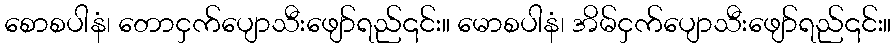
စောစပါနံ၊ တောငှက်ပျောသီးဖျော်ရည်၎င်း။ မောစပါနံ၊ အိမ်ငှက်ပျောသီးဖျော်ရည်၎င်း။